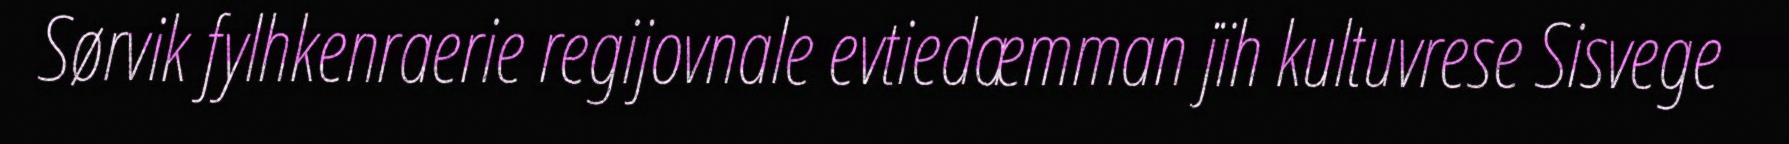
Sørvik fylhkenraerie regijovnale evtiedæmman jïh kultuvrese Sisvege